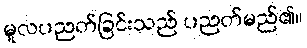
မူလပညတ်ခြင်းသည် ပညတ်မည်၏။